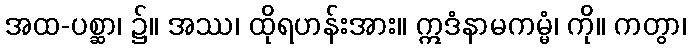
အထ-ပစ္ဆာ၊ ၌။ အဿ၊ ထိုရဟန်းအား။ ဣဒံနာမကမ္မံ၊ ကို။ ကတွာ၊